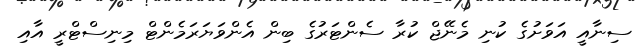
ސިނާއީ އަވަށުގެ ކުނި މެނޭޖް ކުރާ ސެންޓަރުގެ ބިން އެންވަޔަރަމެންޓް މިނިސްޓްރީ އާއި